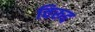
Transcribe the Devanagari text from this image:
विरूद्द